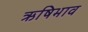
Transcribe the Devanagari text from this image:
ऋषिभाव